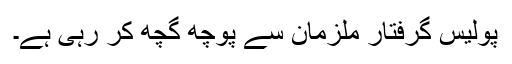
پولیس گرفتار ملزمان سے پوچھ گچھ کر رہی ہے۔